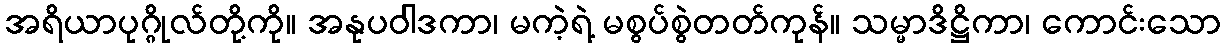
အရိယာပုဂ္ဂိုလ်တို့ကို။ အနုပဝါဒကာ၊ မကဲ့ရဲ့ မစွပ်စွဲတတ်ကုန်။ သမ္မာဒိဋ္ဌိကာ၊ ကောင်းသော